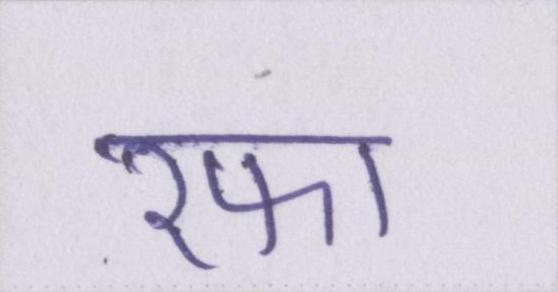
रफा